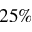
2 5 \%